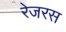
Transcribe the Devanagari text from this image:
रेजरस